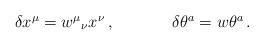
LaTeX: \begin{align*}\begin{array}{cc}\delta x^{\mu}=w^{\mu}{}_{\nu}x^{\nu}\,,~~~~&~~~~ \delta\theta^{a}=w\theta^{a}\,.\end{array}\end{align*}